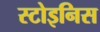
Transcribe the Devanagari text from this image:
स्टोइनिस